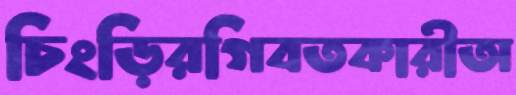
চিংড়িরগিবতকারীঅ